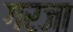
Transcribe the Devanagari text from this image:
गरजा